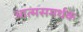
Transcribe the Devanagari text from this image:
आत्मसमर्थक